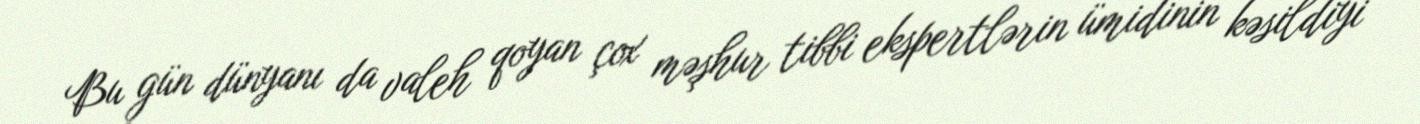
Bu gün dünyanı da valeh qoyan çox məşhur tibbi ekspertlərin ümidinin kəsildiyi